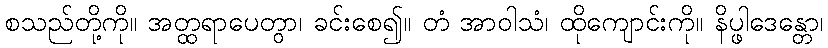
စသည်တို့ကို။ အတ္ထရာပေတွာ၊ ခင်းစေ၍။ တံ အာဝါသံ၊ ထိုကျောင်းကို။ နိပ္ဖါဒေန္တော၊